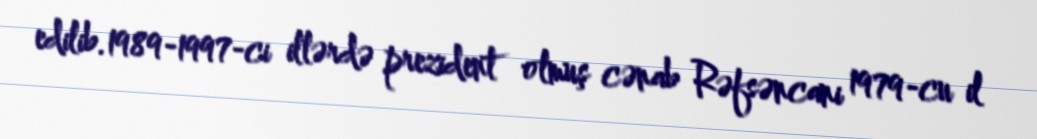
edilib.1989-1997-ci illərdə prezident olmuş cənab Rəfsəncani 1979-cu il